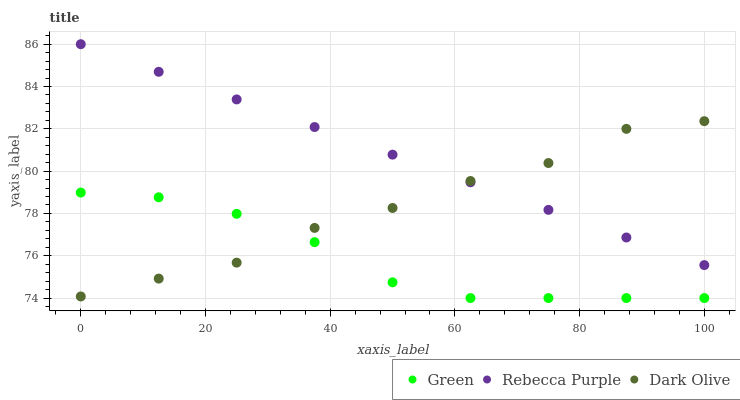
| xaxis_label | Green | Rebecca Purple | Dark Olive |
 | --- | --- | --- | --- |
 | 0 | 79 | 86 | 74.1 |
 | 12.5 | 78.8 | 84.7 | 74.9 |
 | 25 | 78 | 83.4 | 75.7 |
 | 37.5 | 76.6 | 82.1 | 77.3 |
 | 50 | 74.7 | 80.8 | 78.3 |
 | 62.5 | 74 | 79.5 | 79.5 |
 | 75 | 74 | 78.2 | 80.4 |
 | 87.5 | 74 | 76.9 | 82 |
 | 100 | 74 | 75.6 | 82.4 |